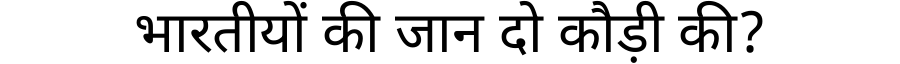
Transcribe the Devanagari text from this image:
भारतीयों की जान दो कौड़ी की?